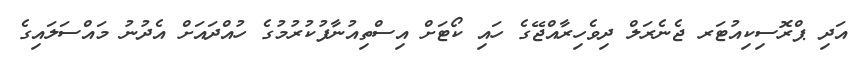
އަދި ޕްރޮސިކިއުޓަރ ޖެނެރަލް ދިވެހިރާއްޖޭގެ ހައި ކޯޓަށް އިސްތިއުނާފުކުރުމުގެ ހުއްދައަށް އެދުނު މައްސަލައިގެ